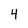
Character: 4